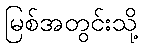
မြစ်အတွင်းသို့